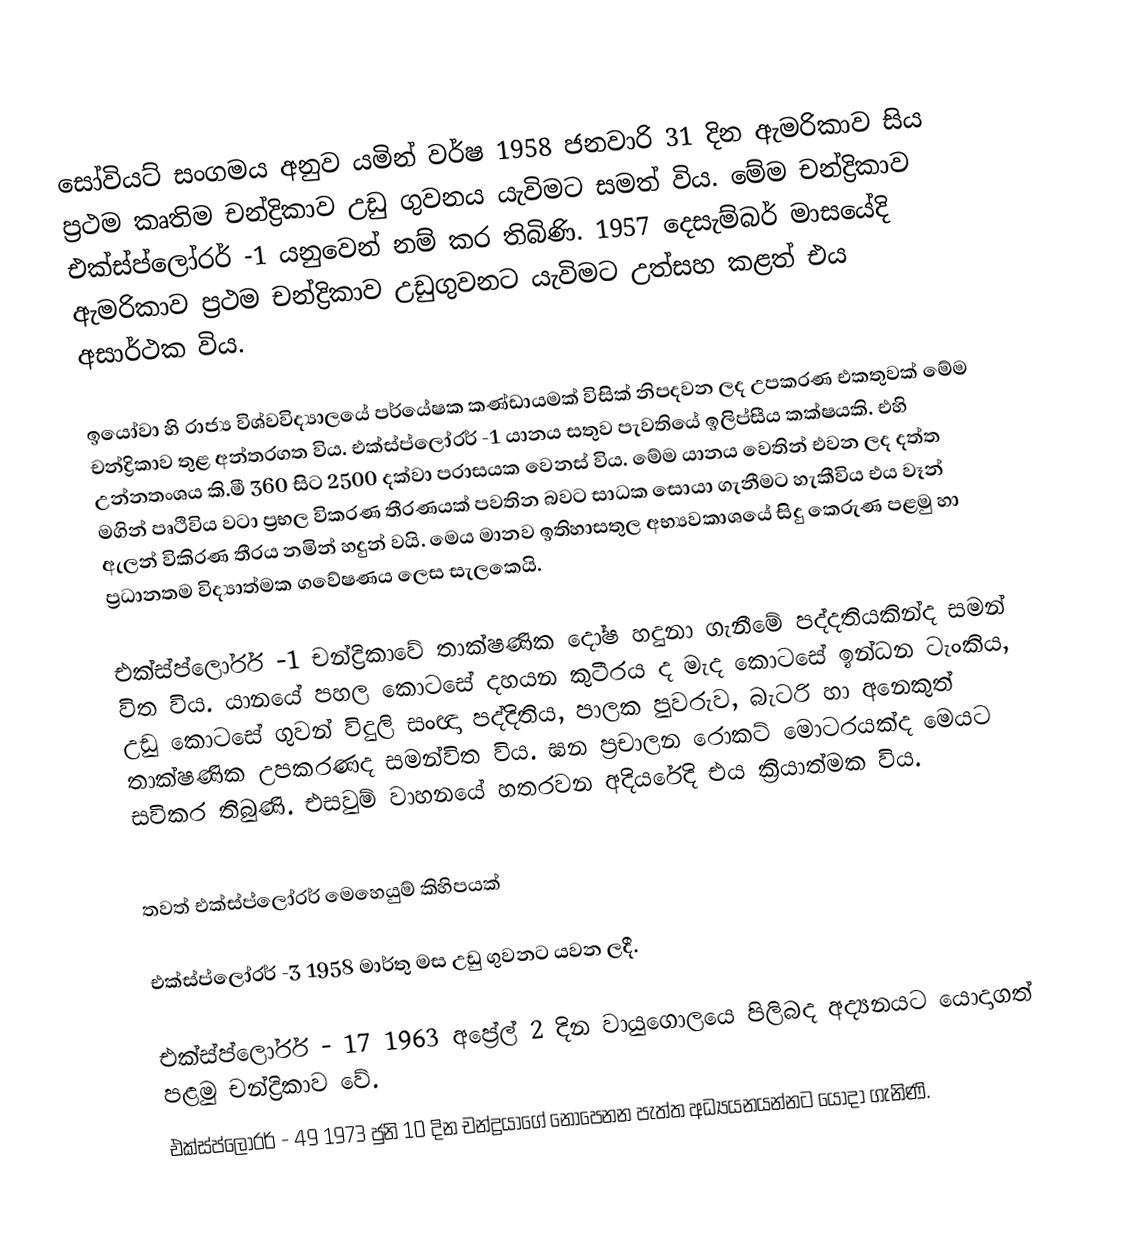
සෝවියට් සංගමය අනුව යමින් වර්ෂ 1958 ජනවාරි 31 දින ඇමරිකාව සිය ප්‍රථම කෘතිම චන්ද්‍රිකාව උඩු ගුවනය යැවිමට සමත් විය. මේම චන්ද්‍රිකාව එක්ස්ප්ලෝරර් -1 යනුවෙන් නම් කර තිබිණි. 1957  දෙසැම්බර් මාසයේදි ඇමරිකාව ප්‍රථම චන්ද්‍රිකාව උඩුගුවනට යැවිමට උත්සහ කළත් එය අසාර්ථක විය.

ඉයෝවා හි රාජ්‍ය විශ්වවිද්‍යාලයේ පර්යේෂක කණ්ඩායමක් විසික් නිපදවන ලද උපකරණ එකතුවක් මේම චන්ද්‍රිකාව තුළ අන්තරගත විය. එක්ස්ප්ලෝරර් -1 යානය සතුව පැවතියේ ඉලිප්සීය කක්ෂයකි. එහි උන්නතංශය කි.මී 360 සිට 2500 දක්වා පරාසයක වෙනස් විය. මේම යානය වෙතින් එවන ලද දත්ත මගින් පෘථිවිය වටා ප්‍රභල විකරණ තීරණයක් පවතින බවට සාධක සොයා ගැනීමට හැකීවිය එය වෑන් ඇලන් විකිරණ තීරය නමින් හදුන් වයි. මෙය මානව ඉතිහාසතුල අභ්‍යවකාශයේ සිදු කෙරුණ පළමු හා ප්‍රධානතම විද්‍යාත්මක ගවේෂණය ලෙස සැලකෙයි.

එක්ස්ප්ලෝරර් -1 චන්ද්‍රිකාවේ තාක්ෂණික දෝෂ හදුනා ගැනීමේ පද්දතියකින්ද සමන් විත විය. යානයේ පහල කොටසේ දහයන කුටීරය ද මැද කොටසේ ඉන්ධන ටැංකිය, උඩු කොටසේ ගුවන් විදුලි සංඥා පද්දිතිය, පාලක පුවරුව, බැටරි හා අනෙකුත් තාක්ෂණික උපකරණද සමන්විත විය. ඝන ප්‍රචාලන රොකට් මොටරයක්ද මෙයට සවිකර තිබුණි. එසවුම් වාහනයේ හතරවන අදියරේදි එය ක්‍රියාත්මක විය.

තවත් එක්ස්ප්ලෝරර් මෙහෙයුම් කිහිපයක්

 එක්ස්ප්ලෝරර් -3       1958 මාර්තු මස උඩු ගුවනට යවන ලදී.

 එක්ස්ප්ලෝරර් - 17    1963 අප්‍රේල් 2 දින වායුගොලයෙ පිලිබද අද්‍යනයට යොදාගත් පළමු චන්ද්‍රිකාව වේ.
 එක්ස්ප්ලෝරර් - 49     1973 ජුනි 10 දින චන්ද්‍රයාගේ නොපෙනන පැත්ත අධ්‍යයනයන්නට යොදා ගැනිණි.